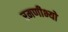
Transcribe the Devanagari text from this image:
रमणीभ्यो